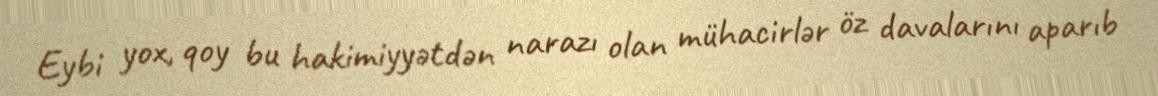
Eybi yox, qoy bu hakimiyyətdən narazı olan mühacirlər öz davalarını aparıb